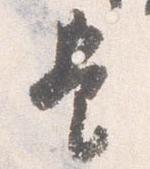
是